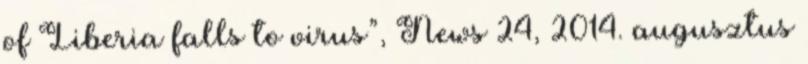
of Liberia falls to virus”, News 24, 2014. augusztus